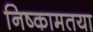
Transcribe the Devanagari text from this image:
निष्कामतया